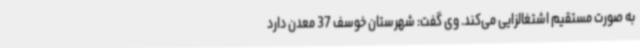
به صورت مستقیم اشتغالزایی می‌کند. وی گفت: شهرستان خوسف 37 معدن دارد